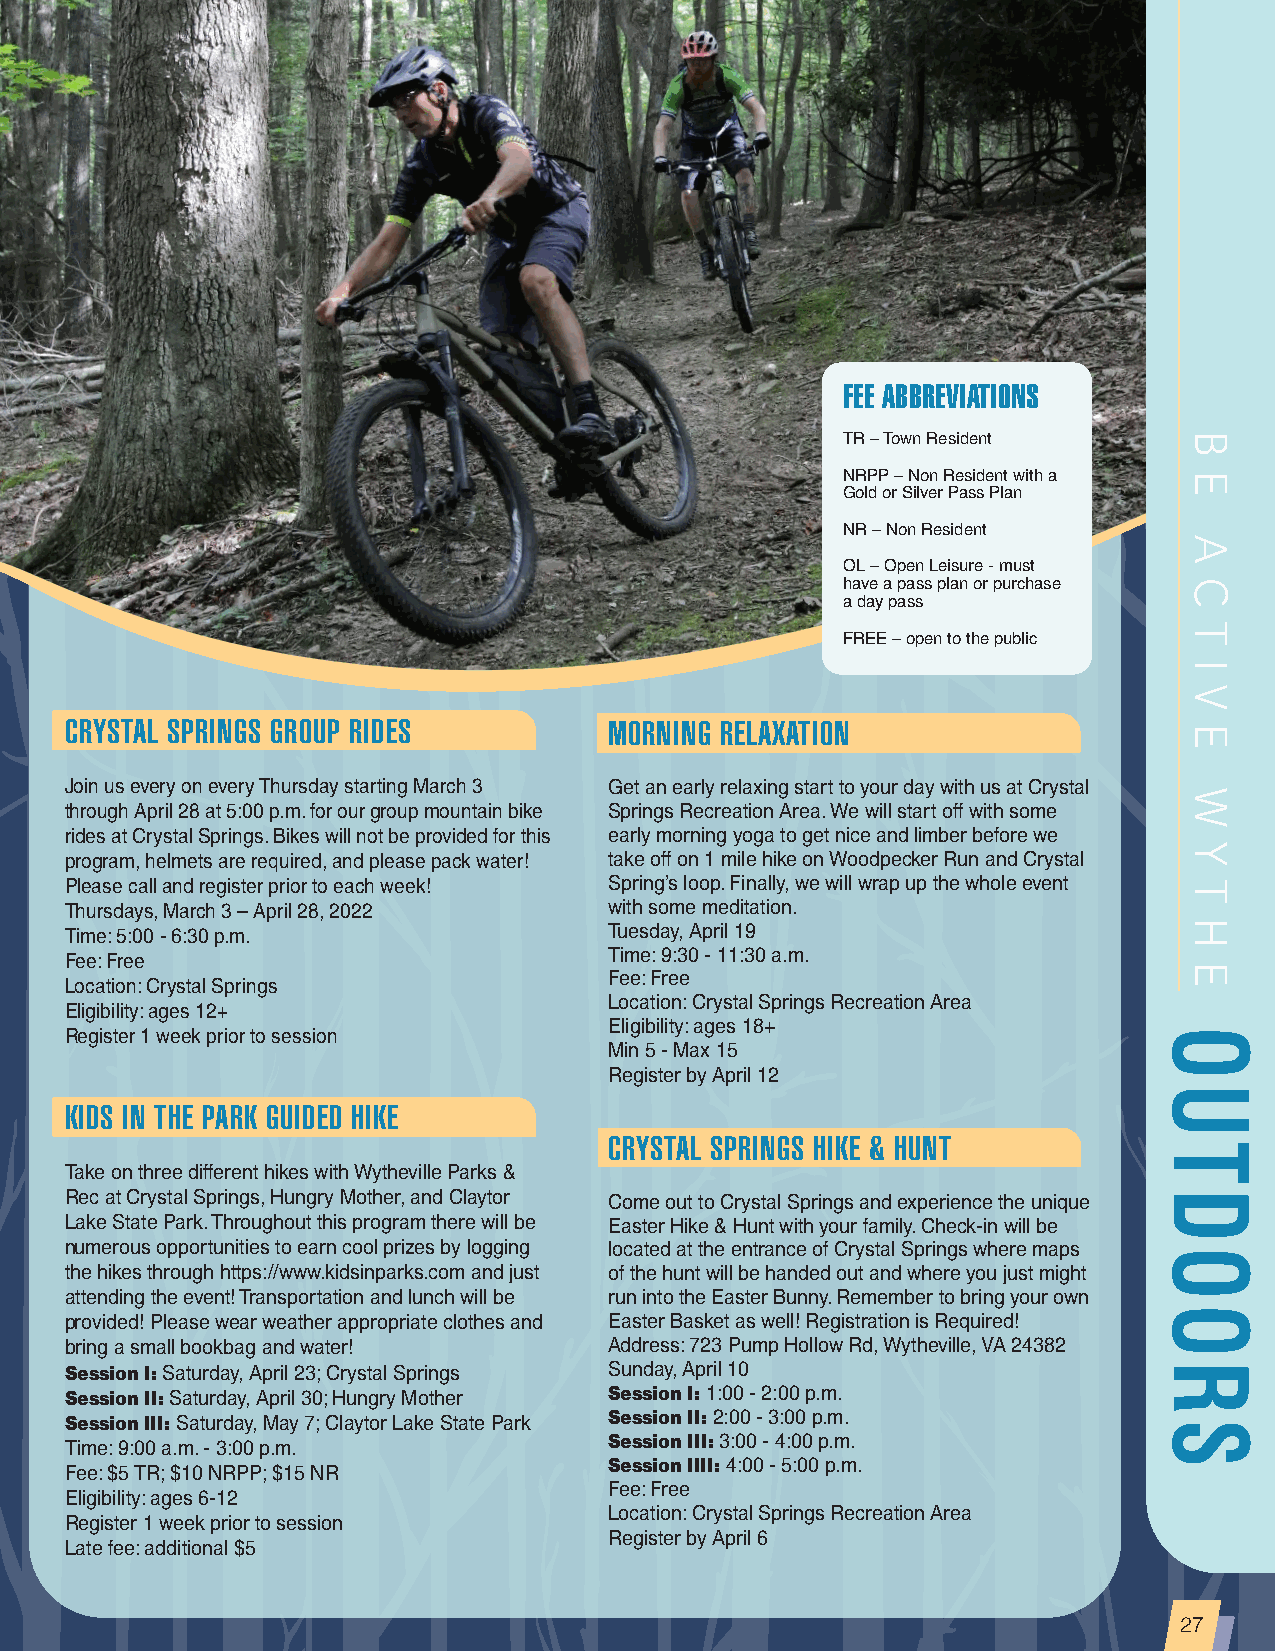
FEE ABBREVIATIONS
 TR – Town Resident
 NRPP – Non Resident with a
 Gold or Silver Pass Plan
 NR – Non Resident
 OL – Open Leisure - must
 have a pass plan or purchase
 a day pass
 FREE – open to the public
 CRYSTAL SPRINGS GROUP RIDES         MORNING RELAXATION
 Join us every on every Thursday starting March 3 Get an early relaxing start to your day with us at Crystal
 through April 28 at 5:00 p.m. for our group mountain bike Springs Recreation Area. We will start off with some
 rides at Crystal Springs. Bikes will not be provided for this early morning yoga to get nice and limber before we
 program, helmets are required, and please pack water! take off on 1 mile hike on Woodpecker Run and Crystal
 Please call and register prior to each week! Spring’s loop. Finally, we will wrap up the whole event
 Thursdays, March 3 – April 28, 2022 with some meditation.
 Time: 5:00 - 6:30 p.m.              Tuesday, April 19
 Time: 9:30 - 11:30 a.m.
 Fee: Free
 Fee: Free
 Location: Crystal Springs
 Location: Crystal Springs Recreation Area
 Eligibility: ages 12+
 Eligibility: ages 18+
 Register 1 week prior to session
 Min 5 - Max 15
 Register by April 12
 KIDS IN THE PARK GUIDED HIKE
 CRYSTAL SPRINGS HIKE & HUNT
 Take on three different hikes with Wytheville Parks &
 Rec at Crystal Springs, Hungry Mother, and Claytor Come out to Crystal Springs and experience the unique
 Lake State Park. Throughout this program there will be Easter Hike & Hunt with your family. Check-in will be
 numerous opportunities to earn cool prizes by logging located at the entrance of Crystal Springs where maps
 the hikes through https://www.kidsinparks.com and just of the hunt will be handed out and where you just might
 attending the event! Transportation and lunch will be run into the Easter Bunny. Remember to bring your own
 provided! Please wear weather appropriate clothes and Easter Basket as well! Registration is Required!
 bring a small bookbag and water!    Address: 723 Pump Hollow Rd, Wytheville, VA 24382
 Session I: Saturday, April 23; Crystal Springs Sunday, April 10
 Session II: Saturday, April 30; Hungry Mother Session I: 1:00 - 2:00 p.m.
 Session III: Saturday, May 7; Claytor Lake State Park Session II: 2:00 - 3:00 p.m.
 Time: 9:00 a.m. - 3:00 p.m.         Session III: 3:00 - 4:00 p.m.
 Fee: $5 TR; $10 NRPP; $15 NR        Session IIII: 4:00 - 5:00 p.m.
 Fee: Free
 Eligibility: ages 6-12
 Location: Crystal Springs Recreation Area
 Register 1 week prior to session
 Register by April 6
 Late fee: additional $5
 27
 OUTDOORS
 B
 E
 A
 C
 T
 I
 V
 E
 W
 Y
 T
 H
 E